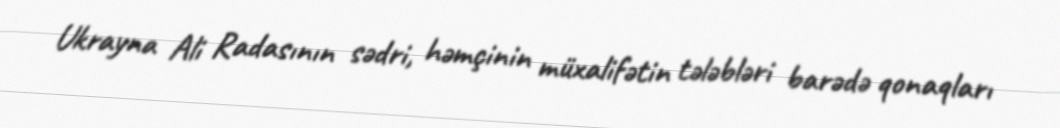
Ukrayna Ali Radasının sədri, həmçinin müxalifətin tələbləri barədə qonaqları